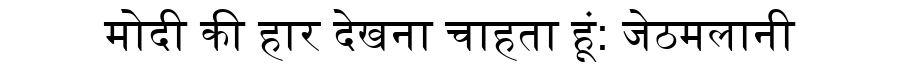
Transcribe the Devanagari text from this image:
मोदी की हार देखना चाहता हूं: जेठमलानी